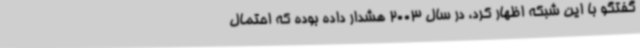
گفتگو با این شبکه اظهار کرد، در سال 2003 هشدار داده بوده که احتمال